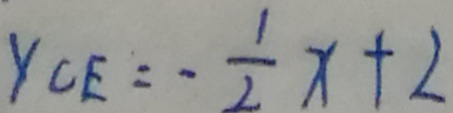
y _ { C E } = - \frac { 1 } { 2 } x + 2